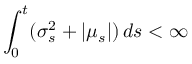
\int _ { 0 } ^ { t } ( \sigma _ { s } ^ { 2 } + | \mu _ { s } | ) \, d s < \infty